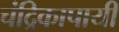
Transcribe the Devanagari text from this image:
चंद्रिकापायी